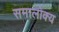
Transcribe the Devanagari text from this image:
समालोक्य